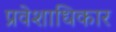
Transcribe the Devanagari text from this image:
प्रवेशाधिकार